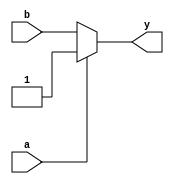
module opt_check2 (input a , input b , output y);
	assign y = a?1:b;
endmodule